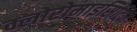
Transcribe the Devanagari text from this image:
क्लोरोमाइसिटिन